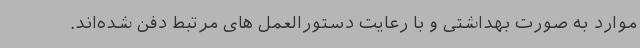
موارد به صورت بهداشتی و با رعایت دستورالعمل های مرتبط دفن شده‌اند.